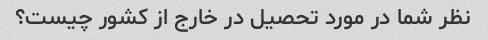
نظر شما در مورد تحصیل در خارج از کشور چیست؟